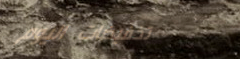
تخفيضات اليوم